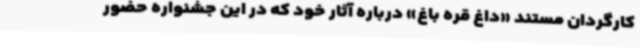
کارگردان مستند «داغ قره باغ» درباره آثار خود که در این جشنواره حضور